Annual report of the Civil Veterinary Department, Bengal, for the year 1898-99 - 1898-1899
Year: 1898
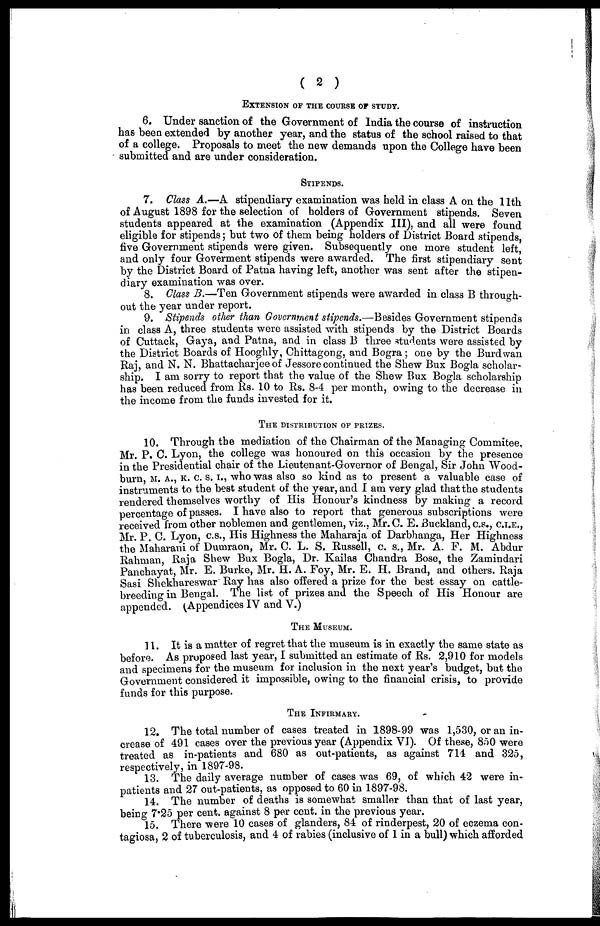
( 2 )
EXTENSION OF THE COURSE OF STUDY.
6. Under sanction of the Government of India the course of instruction
has been extended by another year, and the status of the school raised to that
of a college. Proposals to meet the new demands upon the College have been
submitted and are under consideration.
STIPENDS.
7. Class A.—A stipendiary examination was held in class A on the 11th
of August 1898 for the selection of holders of Government stipends. Seven
students appeared at the examination (Appendix III), and all were found
eligible for stipends; but two of them being holders of District Board stipends,
five Government stipends were given. Subsequently one more student left,
and only four Goverment stipends were awarded. The first stipendiary sent
by the District Board of Patna having left, another was sent after the stipen-
diary examination was over.
8. Class B.—Ten Government stipends were awarded in class B through-
out the year under report.
9. Stipends other than Government stipends.—Besides Government stipends
in class A, three students were assisted with stipends by the District Boards
of Cuttack, Gaya, and Patna, and in class B three students were assisted by
the District Boards of Hooghly, Chittagong, and Bogra; one by the Burdwan
Raj, and N. N. Bhattacharjee of Jessore continued the Shew Bux Bogla scholar-
ship. I am sorry to report that the value of the Shew Bux Bogla scholarship
has been reduced from Rs. 10 to Rs. 8-4 per month, owing to the decrease in
the income from the funds invested for it.
THE DISTRIBUTION OF PRIZES.
10. Through the mediation of the Chairman of the Managing Commitee,
Mr. P. C. Lyon, the college was honoured on this occasion by the presence
in the Presidential chair of the Lieutenant-Governor of Bengal, Sir John Wood-
burn M. A., K. C. S. I., who was also so kind as to present a valuable case of
instruments to the best student of the year, and I am very glad that the students
rendered themselves worthy of His Honour's kindness by making a record
percentage of passes. I have also to report that generous subscriptions were
received from other noblemen and gentlemen, viz., Mr.C. E. Buckland, C.S., C.I.E.,
Mr. P. C. Lyon, c.s., His Highness the Maharaja of Darbhanga, Her Highness
the Maharani of Dumraon, Mr. C. L. S. Russell, c. s., Mr. A. F. M. Abdur
Rahman Raja Shew Bux Bogla, Dr. Kailas Chandra Bose, the Zamindari
Panchayat, Mr. E. Burke, Mr. H. A. Foy, Mr. E. H. Brand, and others. Raja
Sasi Shekhareswar Ray has also offered a prize for the best essay on cattle-
breeding in Bengal. The list of prizes and the Speech of His Honour are
appended. (Appendices IV and V.)
THE MUSEUM.
11. It is a matter of regret that the museum is in exactly the same state as
before. As proposed last year, I submitted an estimate of Rs. 2,910 for models
and specimens for the museum for inclusion in the next year's budget, but the
Government considered it impossible, owing to the financial crisis, to provide
funds for this purpose.
THE INFIRMARY.
12. The total number of cases treated in 1898-99 was 1,530, or an in-
crease of 491 cases over the previous year (Appendix VI). Of these, 850 were
treated as in-patients and 680 as out-patients, as against 711 and 325,
respectively, in 1897-98.
13. The daily average number of cases was 69, of which 42 were in-
patients and 27 out-patients, as opposed to 60 in 1897-98.
14. The number of deaths is somewhat smaller than that of last year,
being 7.25 per cent. against 8 per cent. in the previous year.
15. There were 10 cases of glanders, 84 of rinderpest, 20 of eczema con-
tagiosa, 2 of tuberculosis, and 4 of rabies (inclusive of 1 in a bull) which afforded